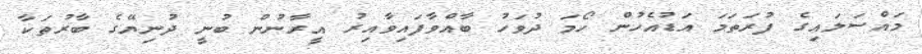
މައްސަލައިގެ ފުރަތަމަ އަޑުއެހުން ހޯމަ ދުވަހު ބާއްވާފައިވާއިރު އީރާނުން ބުނީ ދުނިޔޭގެ ބާރުތަކާ